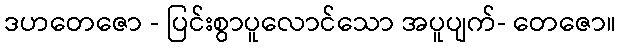
ဒဟတေဇော - ပြင်းစွာပူလောင်သော အပူပျက်- တေဇော။